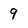
Character: 9